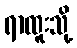
ရာထူးသို့